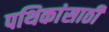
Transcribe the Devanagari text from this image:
पथिकांसाठी